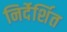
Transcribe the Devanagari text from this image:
निर्देर्शित